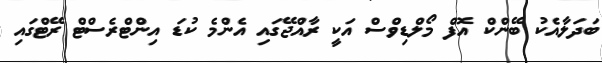
ބަދަލާއެކު ބޭންކް އޮފް މޯލްޑިވްސް އަކީ ރާއްޖޭގައި އެންމެ ކުޑަ އިންޓްރެސްޓް ރޭޓްގައި